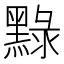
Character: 𪑔